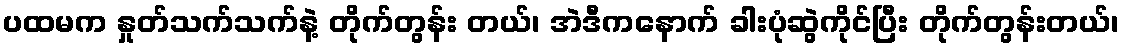
ပထမက နှုတ်သက်သက်နဲ့ တိုက်တွန်း တယ်၊ အဲဒီကနောက် ခါးပုံဆွဲကိုင်ပြီး တိုက်တွန်းတယ်၊